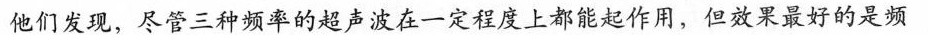
他们发现，尽管三种频率的超声波在一定程度上都能起作用，但效果最好的是频